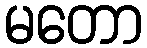
မတော